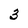
Character: 3